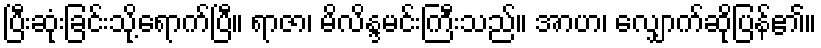
ပြီးဆုံးခြင်းသို့ရောက်ပြီ။ ရာဇာ၊ မိလိန္ဒမင်းကြီးသည်။ အာဟ၊ လျှောက်ဆိုပြန်၏။